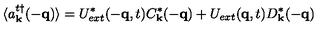
\langle a _ { { \bf { k } } } ^ { t \dagger } ( - { \bf { q } } ) \rangle = U _ { e x t } ^ { * } ( - { \bf { q } } , t ) C _ { { \bf { k } } } ^ { * } ( - { \bf { q } } ) + U _ { e x t } ( { \bf { q } } , t ) D _ { { \bf { k } } } ^ { * } ( - { \bf { q } } )